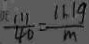
\frac { 1 1 1 } { 4 0 } = \frac { 1 1 . 1 g } { m }